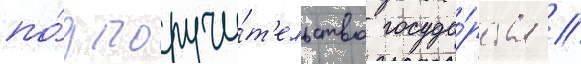
по́д поручи́т'ельство госуда́рства //